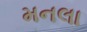
મનલા